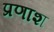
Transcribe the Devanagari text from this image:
प्रणाश